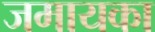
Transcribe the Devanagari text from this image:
जमायका